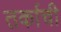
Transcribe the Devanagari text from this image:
तर्काची